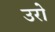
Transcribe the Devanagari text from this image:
उरो